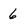
Character: 6